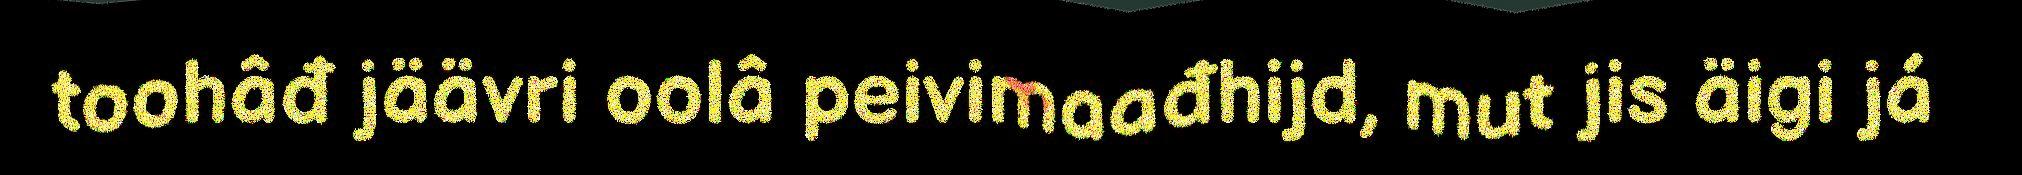
toohâđ jäävri oolâ peivimaađhijd, mut jis äigi já